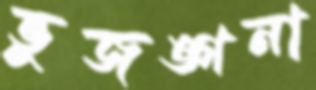
ভুজঙ্গনা